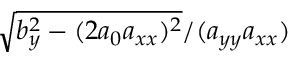
\sqrt { b _ { y } ^ { 2 } - ( 2 a _ { 0 } a _ { x x } ) ^ { 2 } } / ( a _ { y y } a _ { x x } )